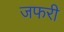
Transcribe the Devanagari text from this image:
जफरी